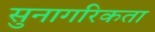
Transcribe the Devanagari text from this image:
सुनागरिकता